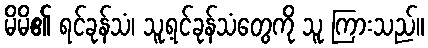
မိမိ၏ ရင်ခုန်သံ၊ သူ့ရင်ခုန်သံတွေကို သူ ကြားသည်။